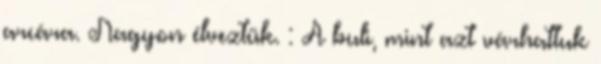
arcára. Nagyon élveztük. : A buli, mint azt várhattuk